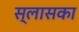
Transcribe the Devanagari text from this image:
स्लासका